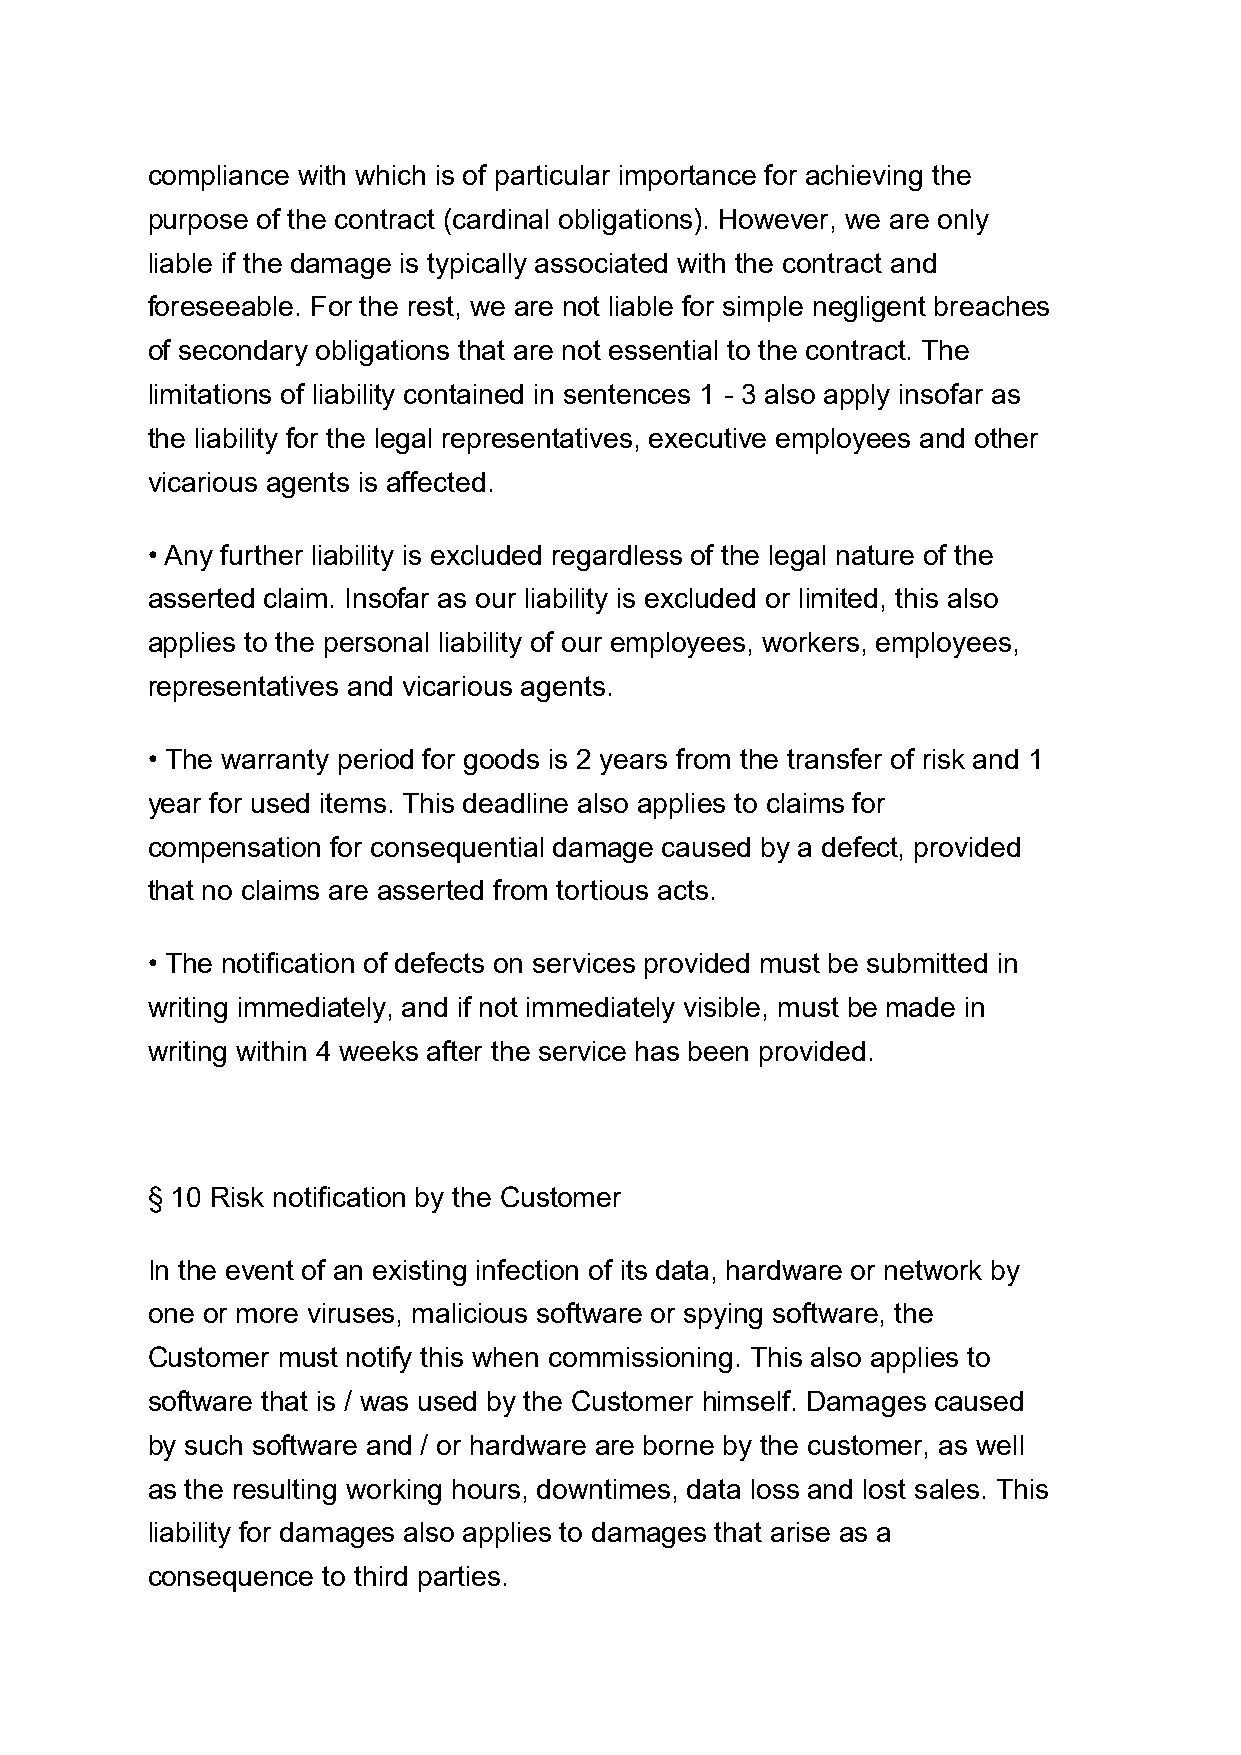
compliance with which is of particular importance for achieving the
 purpose of the contract (cardinal obligations). However, we are only
 liable if the damage is typically associated with the contract and
 foreseeable. For the rest, we are not liable for simple negligent breaches
 of secondary obligations that are not essential to the contract. The
 limitations of liability contained in sentences 1 - 3 also apply insofar as
 the liability for the legal representatives, executive employees and other
 vicarious agents is affected.
 • Any further liability is excluded regardless of the legal nature of the
 asserted claim. Insofar as our liability is excluded or limited, this also
 applies to the personal liability of our employees, workers, employees,
 representatives and vicarious agents.
 • The warranty period for goods is 2 years from the transfer of risk and 1
 year for used items. This deadline also applies to claims for
 compensation for consequential damage caused by a defect, provided
 that no claims are asserted from tortious acts.
 • The notification of defects on services provided must be submitted in
 writing immediately, and if not immediately visible, must be made in
 writing within 4 weeks after the service has been provided.
 § 10 Risk notification by the Customer
 In the event of an existing infection of its data, hardware or network by
 one or more viruses, malicious software or spying software, the
 Customer must notify this when commissioning. This also applies to
 software that is / was used by the Customer himself. Damages caused
 by such software and / or hardware are borne by the customer, as well
 as the resulting working hours, downtimes, data loss and lost sales. This
 liability for damages also applies to damages that arise as a
 consequence to third parties.